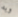
وبه